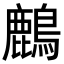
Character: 𪋞